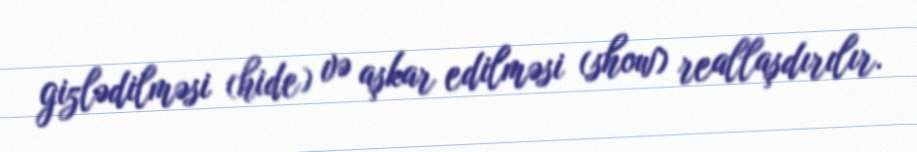
gizlədilməsi (hide) və aşkar edilməsi (show) reallaşdırılır.